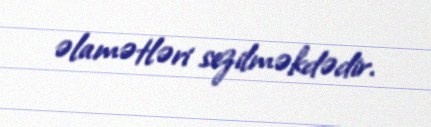
əlamətləri sezilməkdədir.